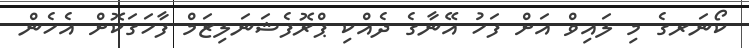
ކޯނަރގެ މި ލައިވް އަށް ފަހު އޭނާގެ ދެއްކި ޕްރޮފެޝަނަލިޒަމް ފާހަގަކޮށް އެހެން